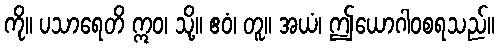
ကို။ ပသာရေတိ ဣဝ၊ သို့။ ဧဝံ၊ တူ။ အယံ၊ ဤယောဂါဝစရသည်။